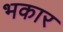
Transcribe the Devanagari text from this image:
भकार